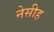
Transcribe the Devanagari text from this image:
नेसीह